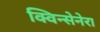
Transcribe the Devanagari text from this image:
क्विन्सेनेरा